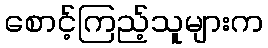
စောင့်ကြည့်သူများက